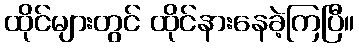
ထိုင်များတွင် ထိုင်နားနေခဲ့ကြပြီ။